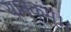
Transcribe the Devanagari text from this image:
यानकम्।।